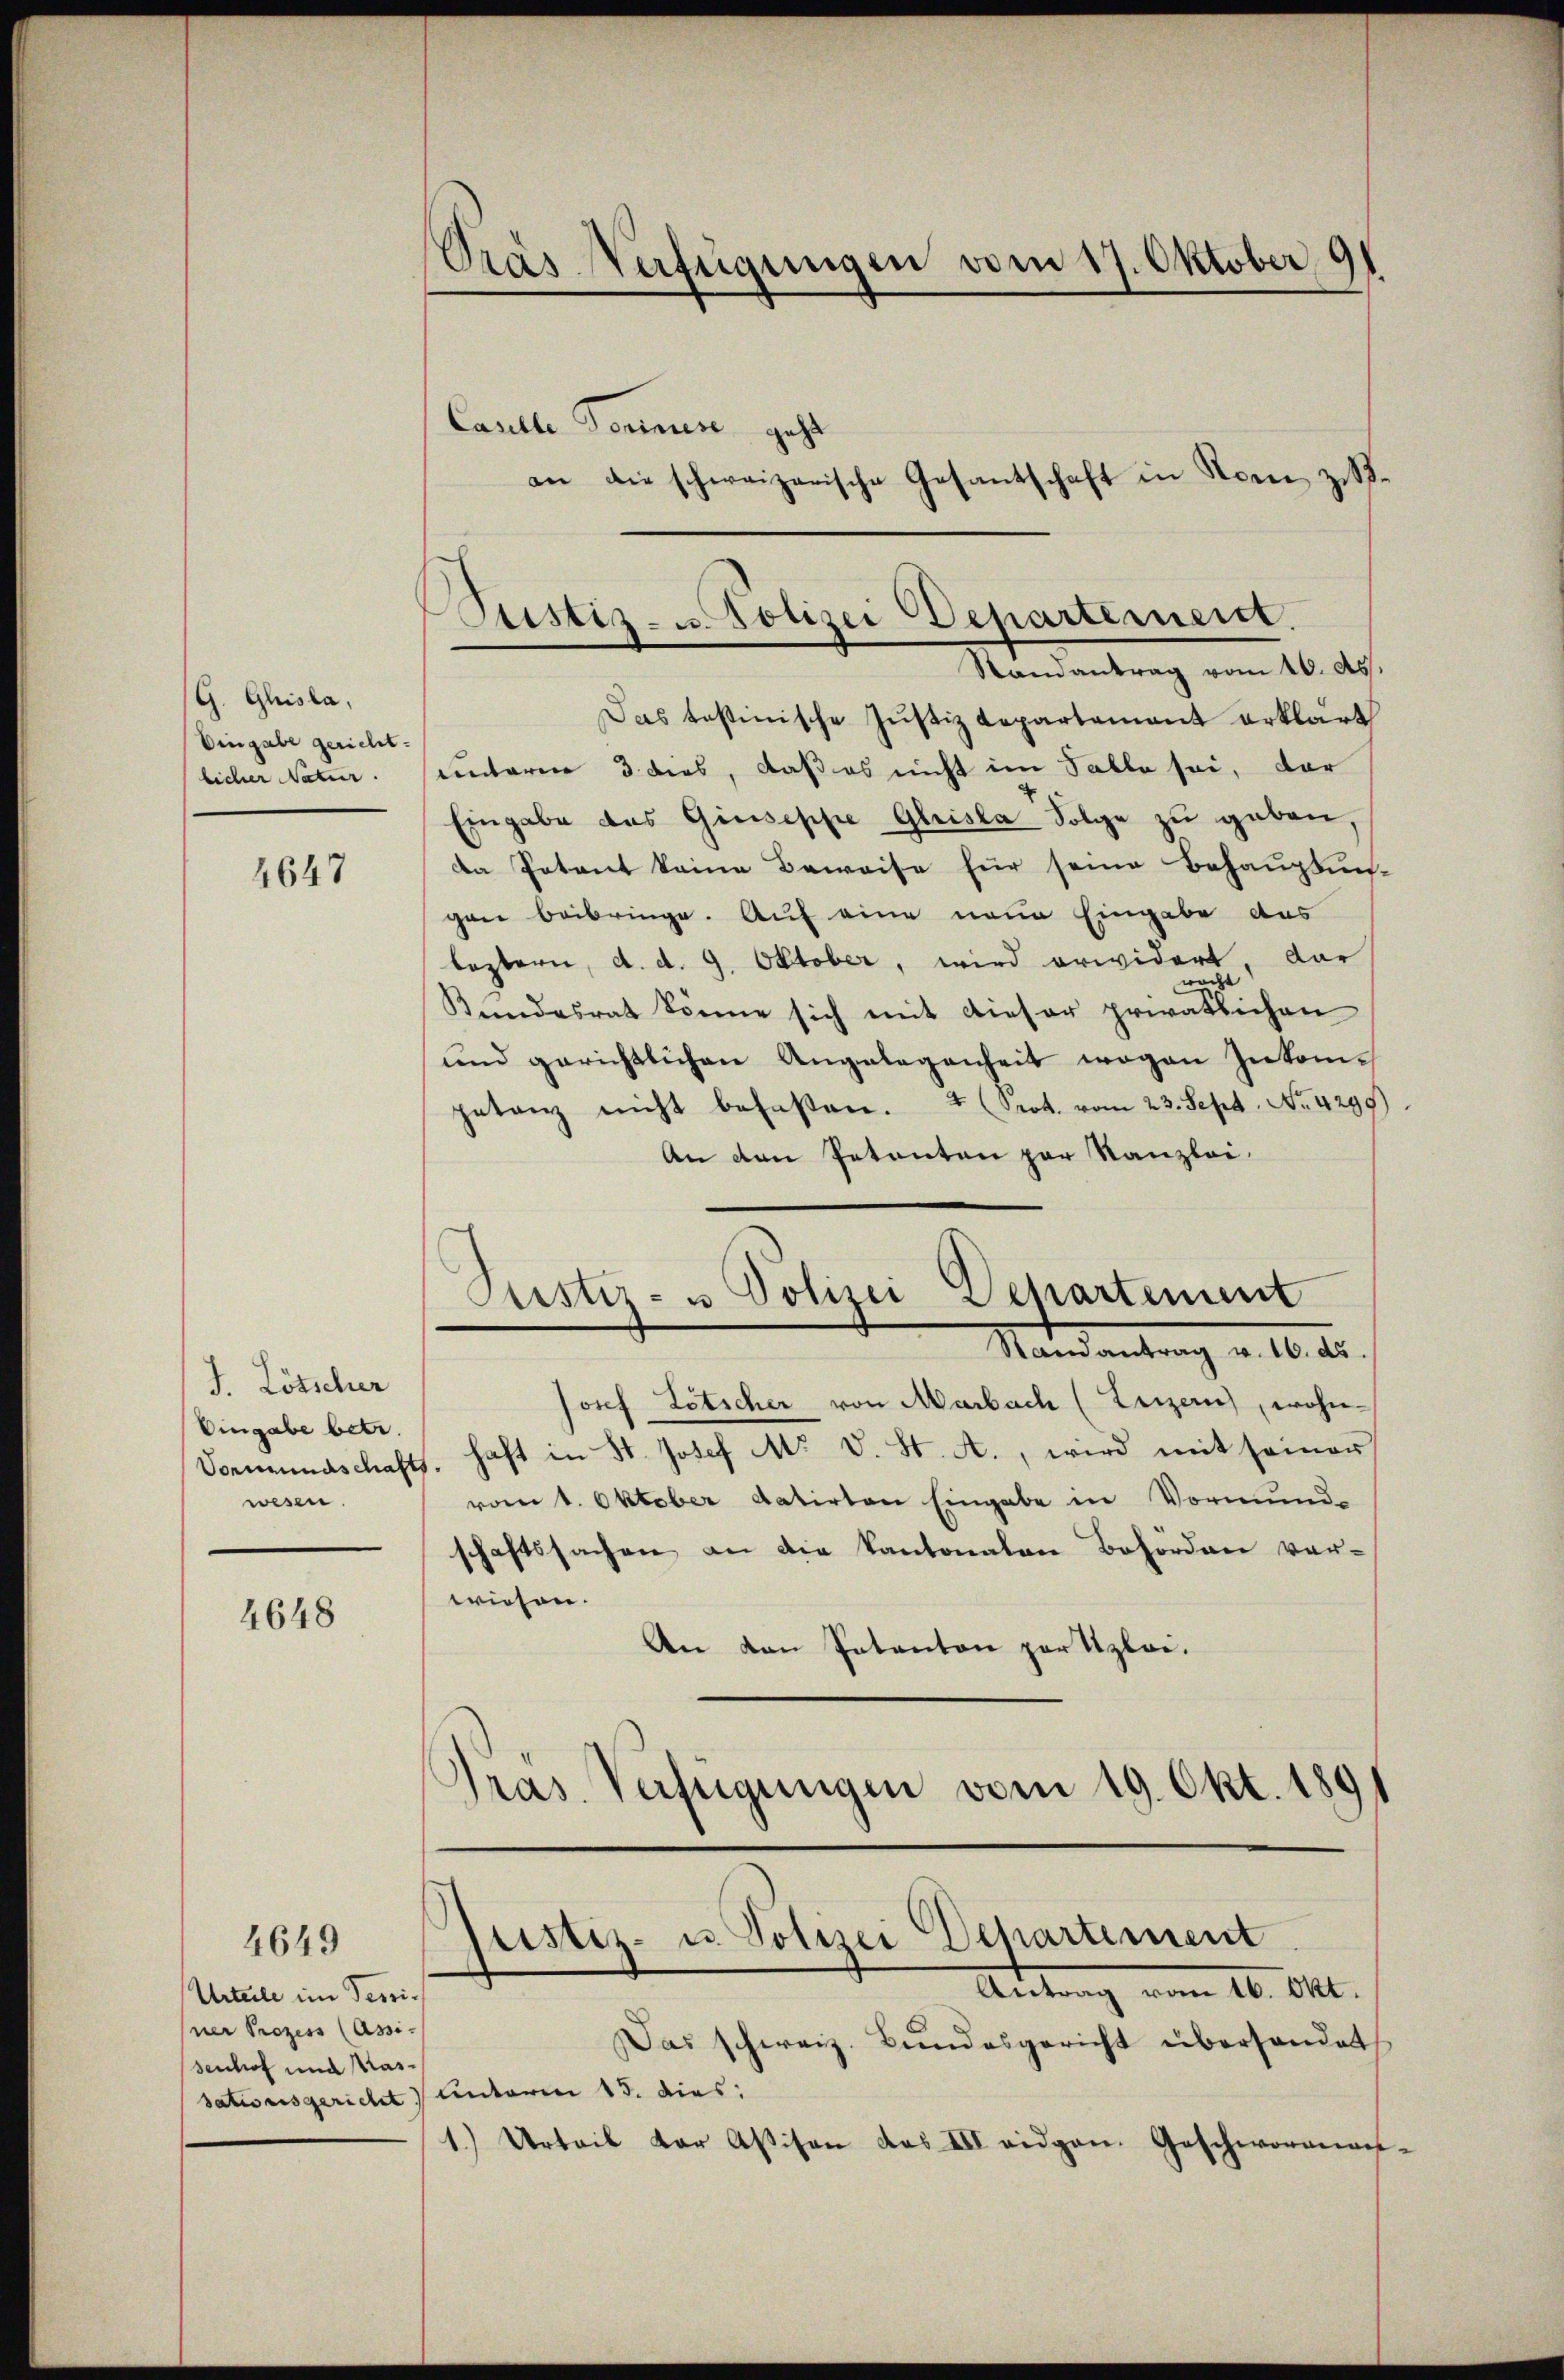
G. Gisla,
Eingabe gericht.
licher Natur.

4647

J. Lötscher
Eingabe betr.
wesen.

4648

Urteile im Tessiner Prozess (Assi-
senhof und Kas¬

4649

Pras-Verfügungen vom 17. Oktober 91
Caselle Formese geht
an die schweizerische Gesantschaft in Nomi zu-

Das testinische Justiz Repartement erklärt
sentarie 3. dies, daß es nicht im Falle sei, der
Eingabe des Giuseppe Gleista Folge zu geben,
Da Petent keine Beweise für seine Behauptun-
gen beibringe. Auf eine neue Eingabe das
leztern, d. d. 9. Oktober, wird erwidert, dar
wacht
Kundesrat könne sich mit dieser privatlichen
und gerichtlichen Angelegenheit wegen Inkomgetanz nicht befassen. Prot. vom 23. Sept. No. 4299)
An den Petenten par Kanzlei.

Justiz- u. Polizei Departement.
Randantrag vom 10. ds.

Justiz- u Polizei Departement
Mandantung a. 10. d.

Josef Totscher von Marbach (Luzern), wohn-
Vormundschafts, haft in St. Josef M. v. St. A., wird mit seiner
vom 1. Oktober datirten Eingabe in Vormund-
schaftssachen an die Kantonalen Behörden ver-
wiesen.
An den Patenton zur Uzloi.
Pras. Verfügungen vom 19. Okt. 189

Justiz- u. Polizei Departement
Antrag vom 16. Okt.

Das schweiz. Bŭndesgericht überhandet
sationsgericht unterm 15. dies
1.) Urteil der Aßison das III eidgen. Geschworenan-